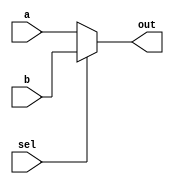
`timescale 1ns / 1ps

//////////////////////////////////////////////////////////////////////////////////


module MUX21#(parameter width=32)(
    input[width-1:0] a,
    input[width-1:0] b,
    input sel,
    output [width-1:0] out
    );
    assign out=(sel==1'b0)?a:b;
endmodule